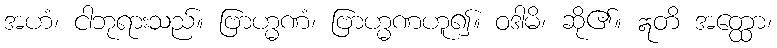
အဟံ၊ ငါဘုရားသည်။ ဗြာဟ္မဏံ၊ ဗြာဟ္မဏဟူ၍။ ဝဒါမိ၊ ဆို၏။ ဣတိ အတ္ထော၊